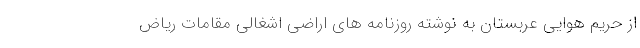
از حریم هوایی عربستان به نوشته روزنامه های اراضی اشغالی مقامات ریاض